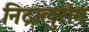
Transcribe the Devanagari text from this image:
निद्रालुरोग